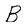
Character: B